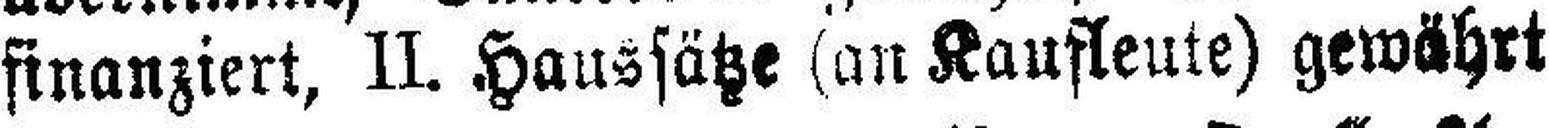
finanziert, II. Haussätze (an Kausleute) gewährt